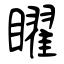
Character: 矅